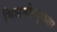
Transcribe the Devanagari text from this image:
मिलनोत्सुकता